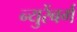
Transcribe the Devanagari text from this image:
न्युरेंबर्ग